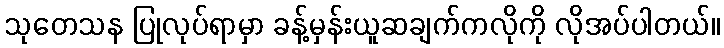
သုတေသန ပြုလုပ်ရာမှာ ခန့်မှန်းယူဆချက်ကလိုကို လိုအပ်ပါတယ်။